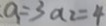
a _ { 1 } = 3 a _ { 2 } = 4